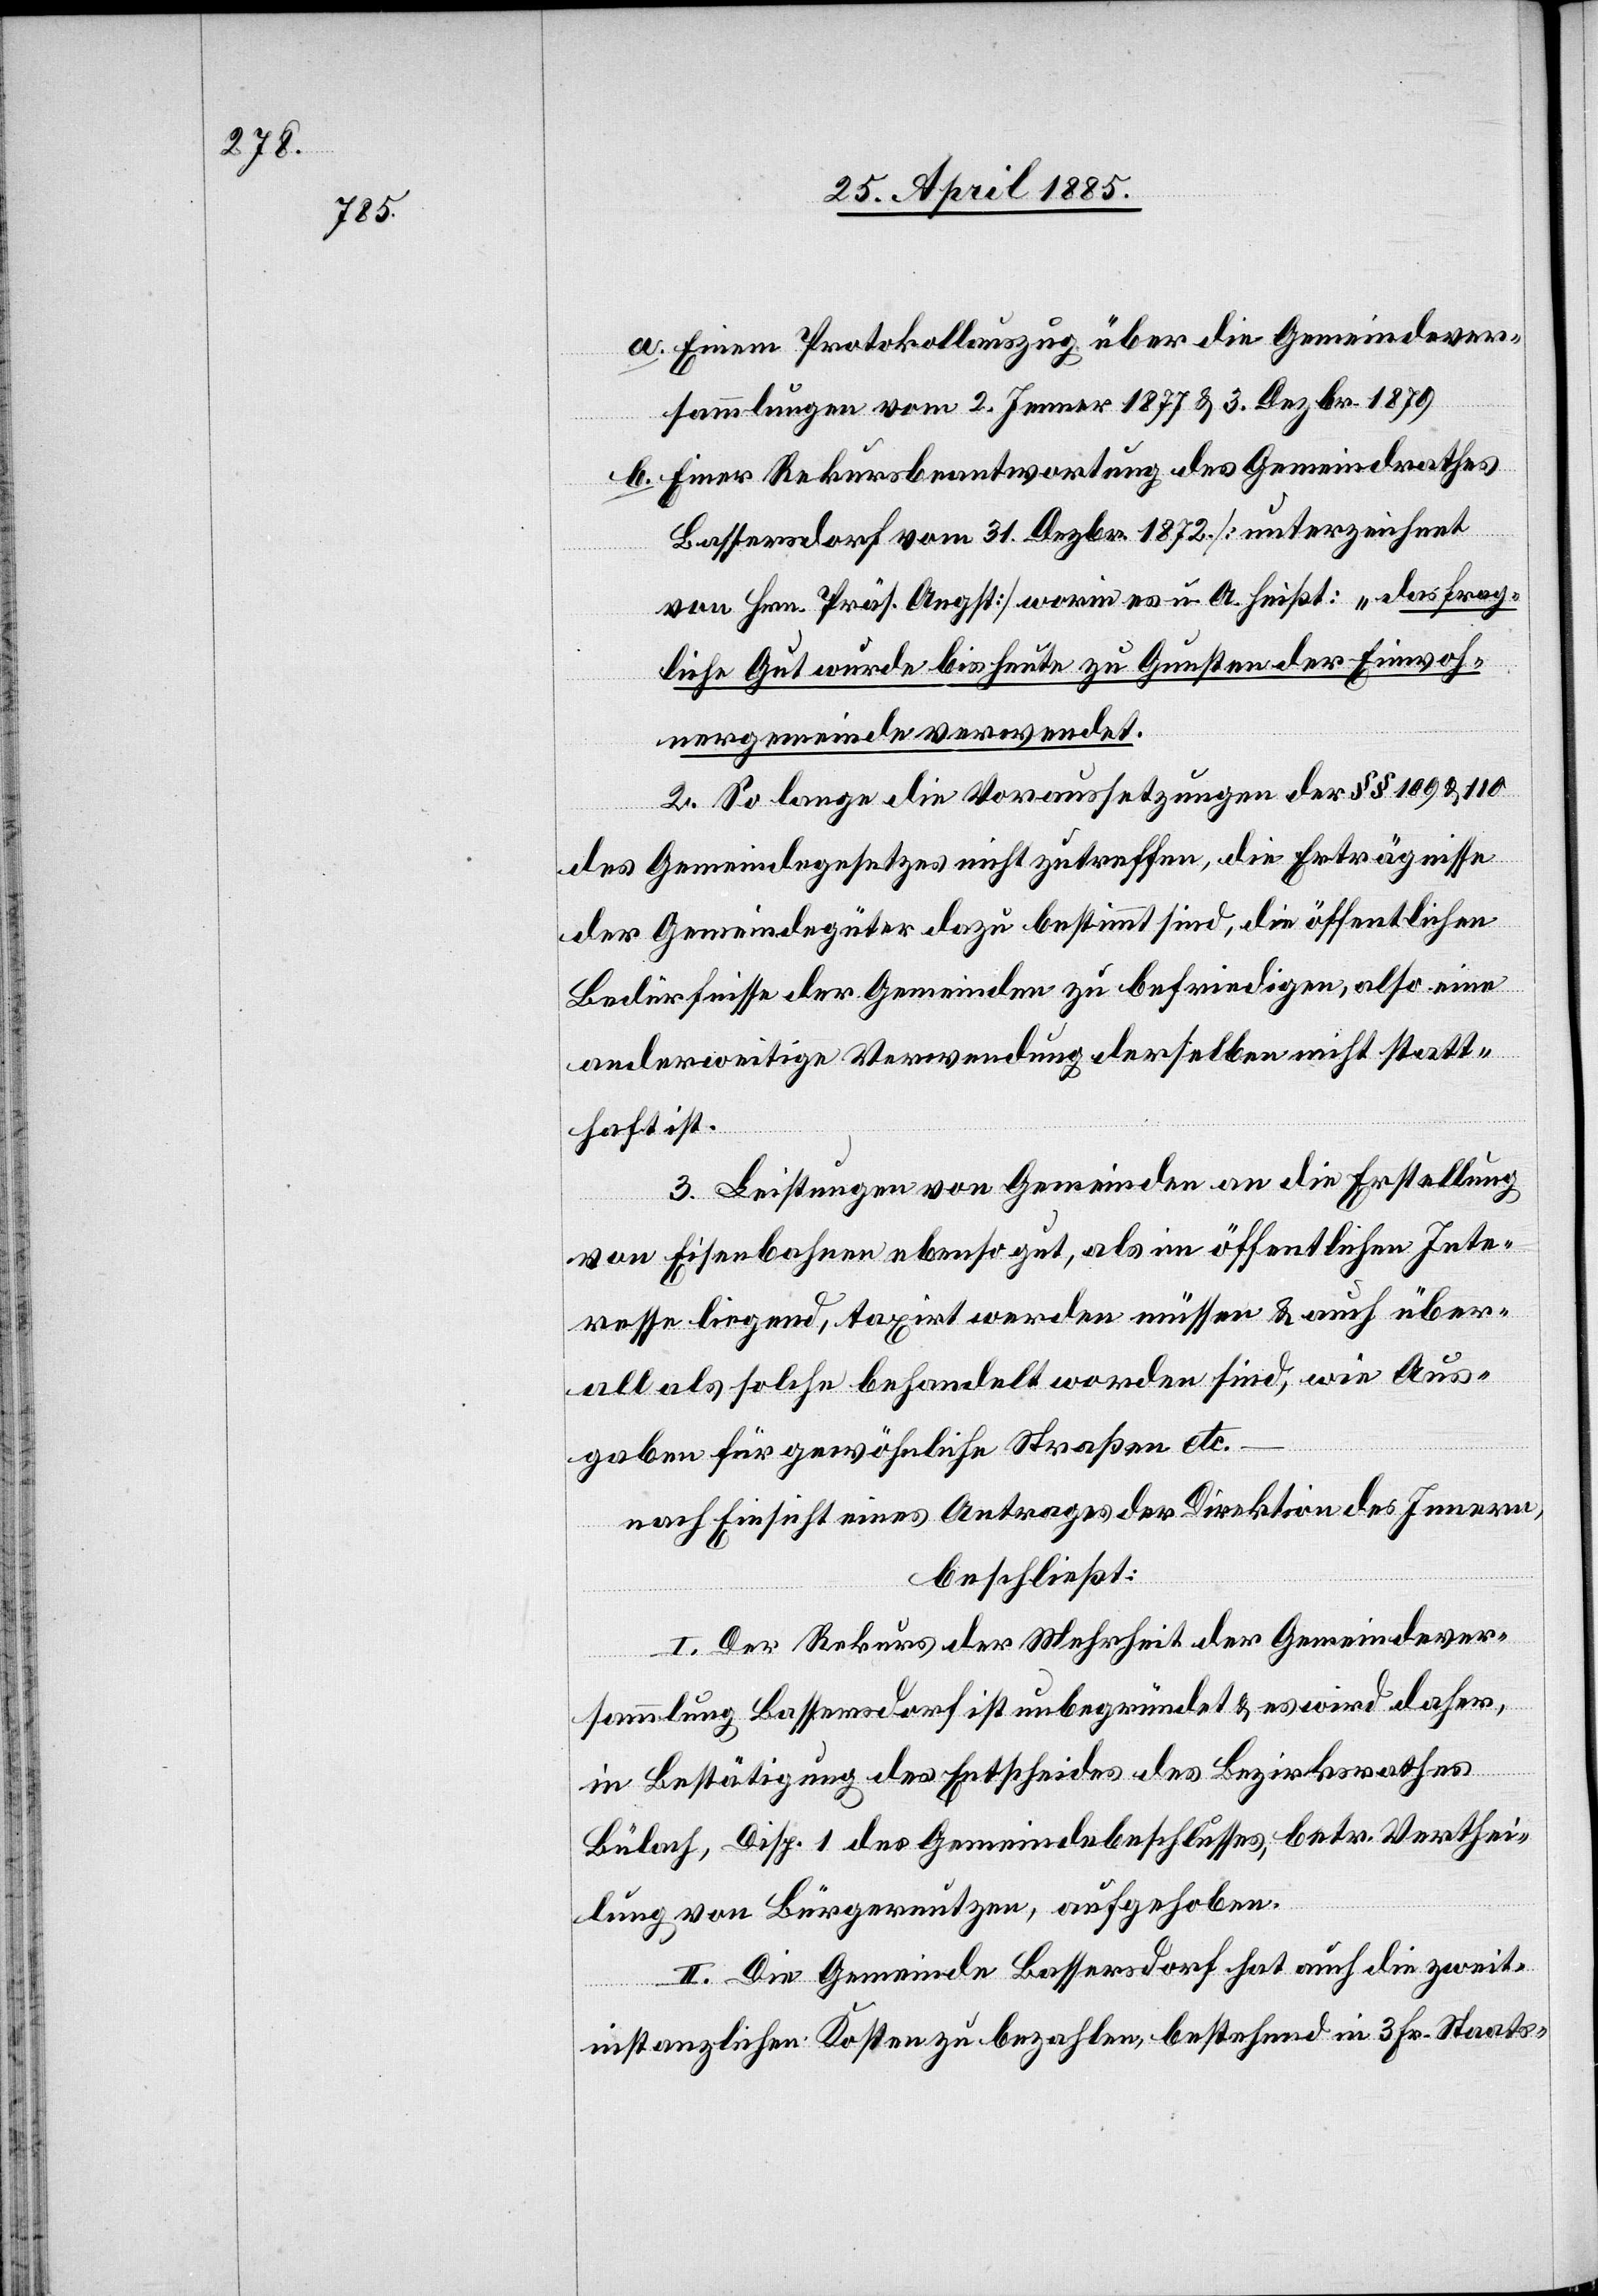
a. Einen Protokollauszug über die Gemeindever¬
sammlungen vom 2. Jenner 1877 & 3. Dezbr. 1879.
b. Einer Rekursbeantwortung des Gemeinderathes
Bassersdorf vom 31. Dezbr. 1872 [unterzeichnet
von Hrn. Präs. Angst] worin es u. a. heißt: „das frag¬
liche Gut wurde bis heute zu Gunsten der Einwoh¬
nergemeinde verwendet.“
2. So lange die Voraussetzungen der §§ 109 & 110
des Gemeindegesetzes nicht zutreffen, die Erträgnisse
der Gemeindegüter dazu bestimmt sind, die öffentlichen
Bedürfnisse der Gemeinden zu befriedigen, also eine
anderweitige Verwendung derselben nicht statt¬
haft ist.
3. Leistungen von Gemeinden an die Erstellung
von Eisenbahnen ebenso gut, als im öffentlichen Inte¬
resse liegend, taxirt werden müssen & auch über¬
all als solche behandelt worden sind, wie Aus¬
gaben für gewöhnliche Straßen etc.
nach Einsicht eines Antrages der Direktion des Innern,
beschließt:
I. Der Rekurs der Mehrheit der Gemeindever¬
sammlung Bassersdorf ist unbegründet & es wird daher,
in Bestätigung des Entscheides des Bezirksrathes
Bülach, Disp., 1 des Gemeindebeschlusses, betr. Verthei¬
lung von Bürgernutzen, aufgehoben.
II. Die Gemeinde Bassersdorf hat auch die zweit¬
instanzlichen Kosten zu bezahlen, bestehend in 3 Fr. Staats-[,]